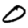
Digit: 0